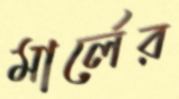
মার্লের